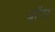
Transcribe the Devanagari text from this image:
बॉप्प